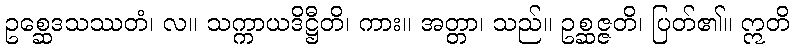
ဥစ္ဆေဒသဿတံ၊ လ။ သက္ကာယဒိဋ္ဌီတိ၊ ကား။ အတ္တာ၊ သည်။ ဥစ္ဆဇ္ဇတိ၊ ပြတ်၏။ ဣတိ